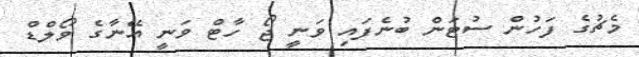
މެޗުގެ ފަހުން ސުޓަން ބުނެފައި ވަނީ ޖޯ ހާޓް ވަނީ އޭނާގެ ވޯލްޑް